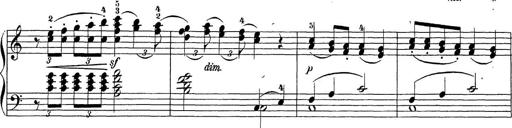
Title: Sonatina Album
Composer: Louis KÃ¶hler